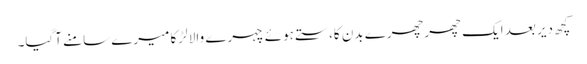
کچھ دیر بعد ایک چھرچھرے بدن کا،ستے ہوئے چہرے والا لڑکا میرے سامنے آگیا۔